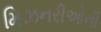
મિઝનરીઓની